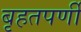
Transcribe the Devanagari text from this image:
बृहतपर्णी